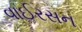
વાઈરસન